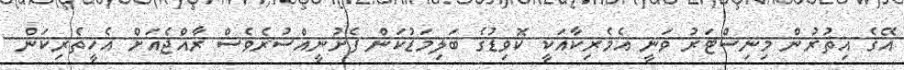
އޭގެ އިތުރުން މިނިސްޓަރު ވަނީ އެމެރިކާއަކީ ކޮވިޑުގެ ބަަލިމަޑުކަން ފެށުނީއްސުރެވެސް ރާއްޖެއަށް އެހީތެރިކަން